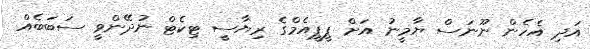
އަދި އެހެން ނޫނަސް ޔާމީނު އަށް ޕީޕީއެމްގެ ރިޔާސީ ޓިކެޓް ނުދޭންވީ ސަބަބެއް